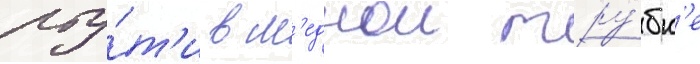
рту́т'и в м'еднои тру́бк'е